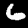
Label: 6